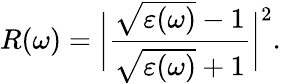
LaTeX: R(\omega)=\bigg|\frac{\sqrt{\varepsilon(\omega)}-1}{\sqrt{\varepsilon(\omega)}+1}\bigg|^{2}.